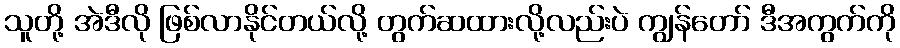
သူတို့ အဲဒီလို ဖြစ်လာနိုင်တယ်လို့ တွက်ဆထားလို့လည်းပဲ ကျွန်တော် ဒီအကွက်ကို